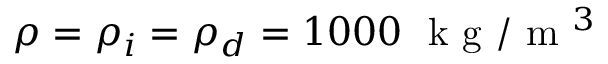
\rho = \rho _ { i } = \rho _ { d } = 1 0 0 0 ~ { \textrm { k g } } / { \textrm { m } ^ { 3 } }